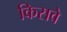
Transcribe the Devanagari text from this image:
किसवे